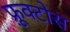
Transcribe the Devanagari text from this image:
फ़्रूक्टोस